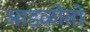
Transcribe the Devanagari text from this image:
आडळोतो